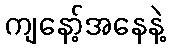
ကျနော့်အနေနဲ့